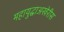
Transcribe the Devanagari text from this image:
महायुद्धाअखेरीस